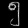
Digit: ၅